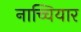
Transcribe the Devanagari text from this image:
नाच्चियार